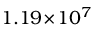
1 . 1 9 \! \times \! 1 0 ^ { 7 }